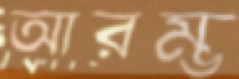
আরম্ভ